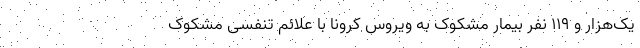
یک‌هزار و ۱۱۹ نفر بیمار مشکوک به ویروس کرونا با علائم تنفسی مشکوک